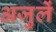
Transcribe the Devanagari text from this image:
अजुलें